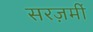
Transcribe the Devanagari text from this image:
सरज़मीं